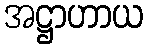
အဋ္ဌာဟာယ